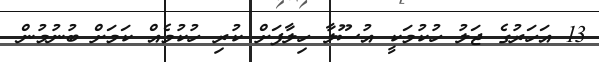
13 އަހަރުގެ ޖަލު ހުކުމަކީ އުސޫލާ ހިލާފަށް ކުރި ހުކުމެއް ކަމަށް ބުނުމުން